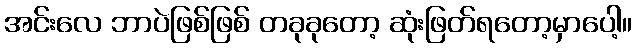
အင်းလေ ဘာပဲဖြစ်ဖြစ် တခုခုတော့ ဆုံးဖြတ်ရတော့မှာပေါ့။